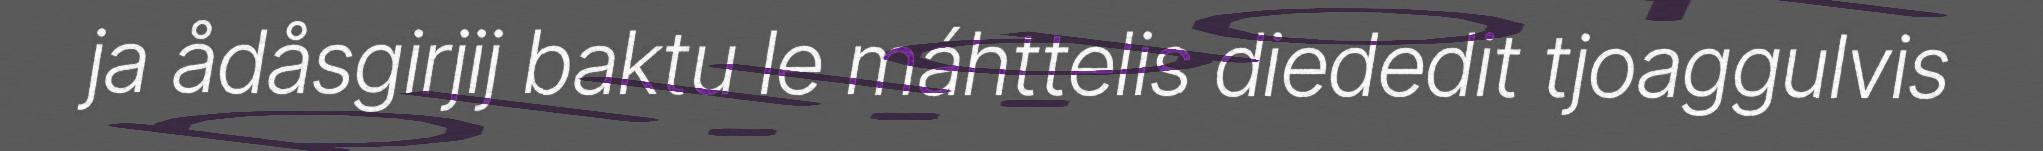
ja ådåsgirjij baktu le máhttelis diededit tjoaggulvis